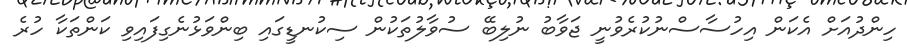
ހިންދުއަށް އެކަން އިހުސާސްނުކުރެވުނީ ޖަވާބު ނުލިބޭ ސުވާލުތަކުން ސިކުނޑީގައި ބިންވަޅުނެގިފައިވި ކަންތަކާ ހުރެ